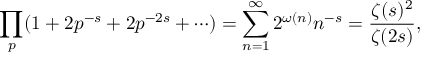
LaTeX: \prod _ { p } ( 1 + 2 p ^ { - s } + 2 p ^ { - 2 s } + \cdots ) = \sum _ { n = 1 } ^ { \infty } 2 ^ { \omega ( n ) } n ^ { - s } = { \frac { \zeta ( s ) ^ { 2 } } { \zeta ( 2 s ) } } ,